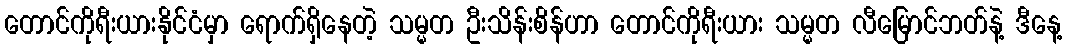
တောင်ကိုရီးယားနိုင်ငံမှာ ရောက်ရှိနေတဲ့ သမ္မတ ဦးသိန်းစိန်ဟာ တောင်ကိုရီးယား သမ္မတ လီမြောင်ဘတ်နဲ့ ဒီနေ့